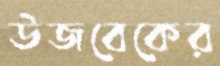
উজবেকের